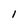
Character: I